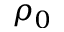
\rho _ { 0 }